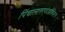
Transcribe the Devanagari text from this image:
पिंचालारुएडेडहैमिल्टन